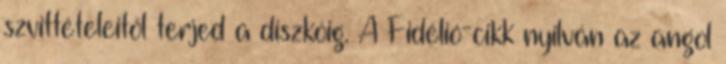
szvittételeitől terjed a diszkóig. A Fidélió-cikk nyilván az angol